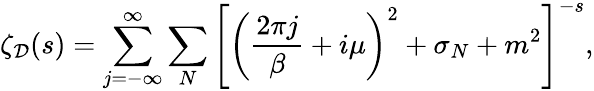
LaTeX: \zeta_{\cal D}(s)=\sum_{j=-\infty}^{\infty}\sum_{N}\left[\left({\frac{2\pi j}{\beta}}+i\mu\right)^{2}+\sigma_{N}+m^{2}\right]^{-s},